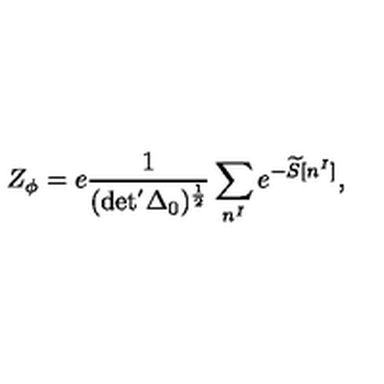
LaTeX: Z _ { \phi } = e \frac { 1 } { ( \mathrm { d e t ^ { ' } \Delta _ { 0 } ) ^ { \frac { 1 } { 2 } } } } \sum _ { n ^ { I } } e ^ { - \widetilde { S } [ n ^ { I } ] } ,